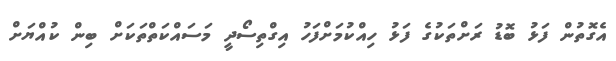
އެގޮތުން ފަޅު ބޮޑު ރަށްތަކުގެ ފަޅު ހިއްކުމަށްފަހު އިގްތިސޯދީ މަަސައްކަތްތަކަށް ބިން ކުއްޔަށް